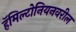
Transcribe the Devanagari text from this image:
हॅमिल्टोनियनवरील